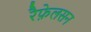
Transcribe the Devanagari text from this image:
रैफ़ेलसन